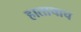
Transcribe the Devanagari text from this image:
हाताचाच